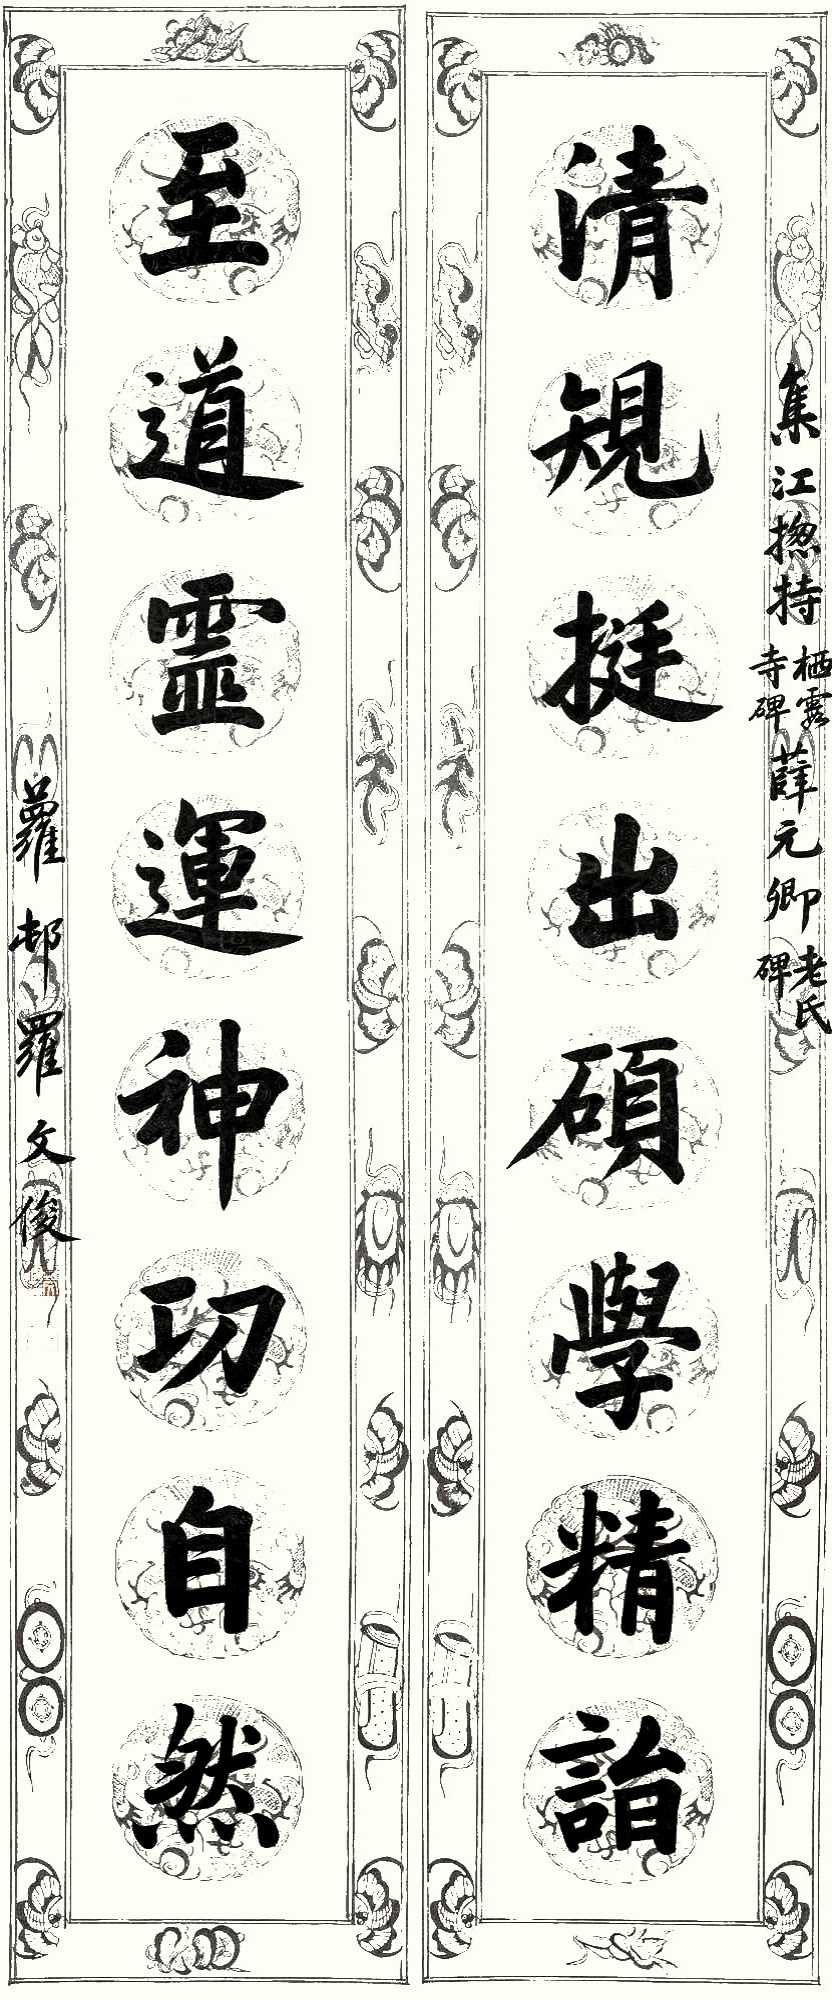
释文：清规挺出，硕学精诣；至道灵运，神功自然。集江揔持栖露寺碑，薛元卿老氏碑，萝邨罗文俊。